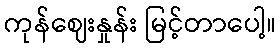
ကုန်ဈေးနှုန်း မြင့်တာပေါ့။